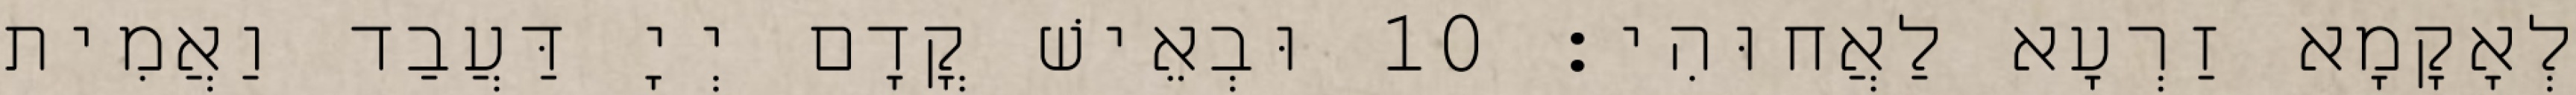
לְאָקָמָא זַרְעָא לַאֲחוּהִי׃ 10 וּבְאֵישׁ קֳדָם יְיָ דַּעֲבַד וַאֲמִית